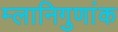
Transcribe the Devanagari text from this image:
म्लानिगुणांक